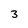
Character: 3